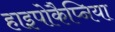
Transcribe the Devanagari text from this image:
हाइपोकैप्निया